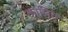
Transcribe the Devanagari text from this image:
कालियं